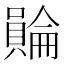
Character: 𧷺